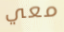
معي